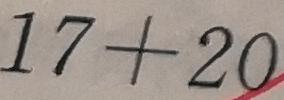
1 7 + 2 0